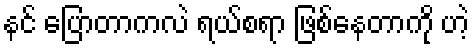
နင် ပြောတာကလဲ ရယ်စရာ ဖြစ်နေတာကို ဟဲ့